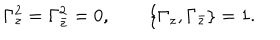
{ \Gamma _ { z } ^ { 2 } = \Gamma _ { \bar { z } } ^ { 2 } = 0 , \qquad \{ \Gamma _ { z } , \Gamma _ { \bar { z } } \} = 1 . }